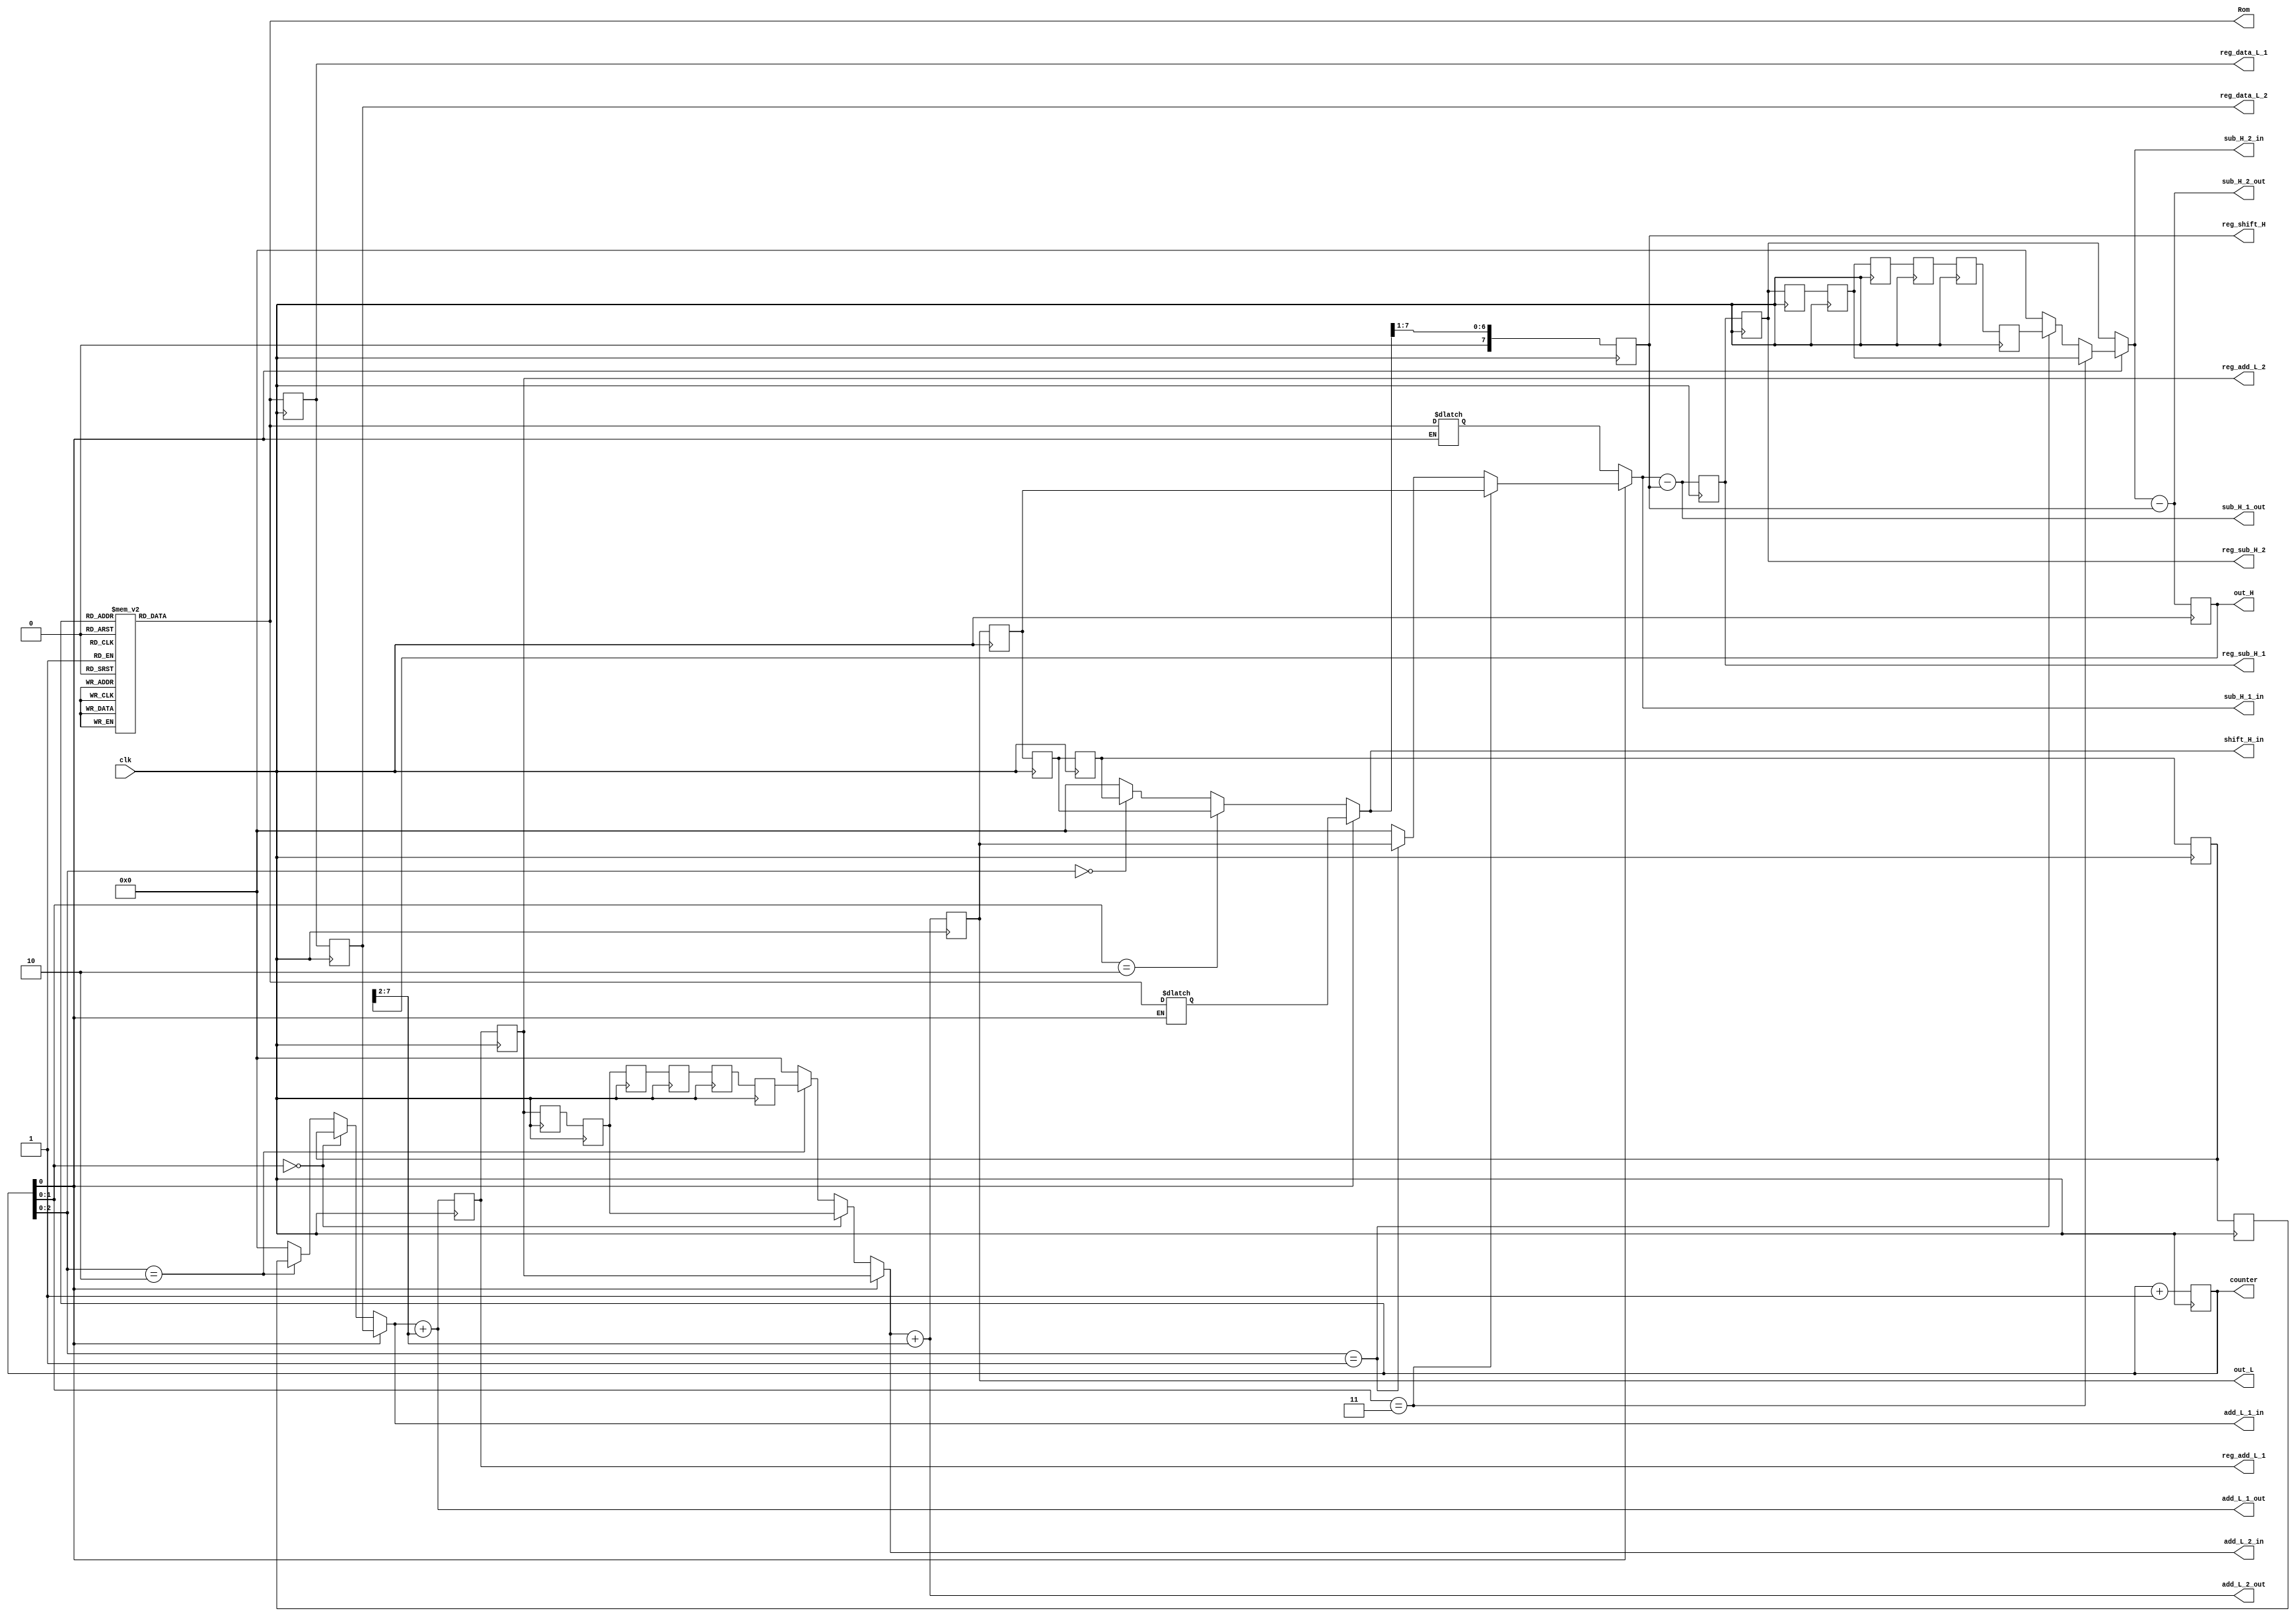
module test(
	clk,
	Rom,
	counter,
	shift_H_in,
	reg_shift_H,
	sub_H_1_in,
	sub_H_1_out,
	reg_sub_H_1,
	sub_H_2_in,
	reg_sub_H_2,
	sub_H_2_out,
	out_H,
	reg_data_L_1,
	reg_data_L_2,
	add_L_1_in,
	add_L_1_out,
	reg_add_L_1,
	reg_add_L_2,
	add_L_2_in,
	add_L_2_out,
	out_L
		);
	input clk;
	output [7:0]Rom;
	output [5:0]counter;
	output [7:0]shift_H_in;
	output [7:0]reg_shift_H;
	output [7:0]sub_H_1_in;
	output [7:0]sub_H_1_out;
	output [7:0]reg_sub_H_1;
	output [7:0]sub_H_2_in;
	output [7:0]reg_sub_H_2;
	output [7:0]sub_H_2_out;
	output [7:0]out_H;
	output [7:0]reg_data_L_1;
	output [7:0]reg_data_L_2;
	output [7:0]add_L_1_in;
	output [7:0]add_L_1_out;
	output [7:0]reg_add_L_1;
	output [7:0]reg_add_L_2;
	output [7:0]add_L_2_in;
	output [7:0]add_L_2_out;
	output [7:0]out_L;
	//
	reg  [7:0]Rom;
	reg  [5:0]counter;
	reg  [7:0]even,odd;

	wire [7:0]shift_H_out,sub_H_1_out,sub_H_2_out;
	wire [7:0]shift_H_in ,sub_H_1_in ,sub_H_2_in ;
	wire [7:0]out_H;
	reg  [7:0]reg_sub_H_1,reg_sub_H_2;
	reg  [7:0]reg_shift_H,reg_out_H;
	
	wire [7:0]shift_L_out,add_L_1_out,add_L_2_out;
	wire [7:0]shift_L_in ,add_L_1_in ,add_L_2_in ;
	wire [7:0]out_L;
	reg  [7:0]reg_add_L_1,reg_add_L_2;
	reg  [7:0]reg_shift_L,reg_out_L;
	reg  [7:0]reg_data_L_1,reg_data_L_2,reg_data_L_3;
	
	
	reg  [7:0]sharp_reg1_1,sharp_reg1_2,sharp_reg1_3,sharp_reg1_4,sharp_reg1_5,sharp_reg1_6;
	reg  [7:0]sharp_reg2_1,sharp_reg2_2,sharp_reg2_3,sharp_reg2_4,sharp_reg2_5,sharp_reg2_6;
	reg  [7:0]sharp_reg3_1,sharp_reg3_2,sharp_reg3_3,sharp_reg3_4,sharp_reg3_5;
	//
	assign shift_H_out=shift_H_in>>1;
	assign sub_H_1_out=sub_H_1_in-reg_shift_H;
	assign sub_H_2_out=sub_H_2_in-reg_shift_H;
	//assign shift_L_out=shift_L_in>>2;
	assign add_L_1_out=add_L_1_in+shift_L_out;
	assign add_L_2_out=add_L_2_in+shift_L_out;
	//data
	always@(*)begin
		case(counter)
			7'd1:Rom=8'd145;
			7'd2:Rom=8'd56;
			7'd3:Rom=8'd49;
			7'd4:Rom=8'd89;
			7'd5:Rom=8'd137;
			7'd6:Rom=8'd90;
			7'd7:Rom=8'd62;
			7'd8:Rom=8'd33;
			7'd9:Rom=8'd71;
			7'd10:Rom=8'd77;
			7'd11:Rom=8'd92;
			7'd12:Rom=8'd145;
			7'd13:Rom=8'd153;
			7'd14:Rom=8'd108;
			7'd15:Rom=8'd74;
			7'd16:Rom=8'd146;
			7'd17:Rom=8'd183;
			7'd18:Rom=8'd120;
			7'd19:Rom=8'd80;
			7'd20:Rom=8'd93;
			7'd21:Rom=8'd73;
			7'd22:Rom=8'd90;
			7'd23:Rom=8'd102;
			7'd24:Rom=8'd66;
			7'd25:Rom=8'd72;
			7'd26:Rom=8'd121;
			7'd27:Rom=8'd121;
			7'd28:Rom=8'd71;
			7'd29:Rom=8'd57;
			7'd30:Rom=8'd146;
			7'd31:Rom=8'd173;
			7'd32:Rom=8'd66;
			7'd33:Rom=8'd69;
			7'd34:Rom=8'd137;
			7'd35:Rom=8'd139;
			7'd36:Rom=8'd88;
			7'd37:Rom=8'd77;
			7'd38:Rom=8'd60;
			7'd39:Rom=8'd170;
			7'd40:Rom=8'd88;
			7'd41:Rom=8'd36;
			7'd42:Rom=8'd70;
			7'd43:Rom=8'd160;
			7'd44:Rom=8'd157;
			7'd45:Rom=8'd61;
			7'd46:Rom=8'd110;
			7'd47:Rom=8'd93;
			7'd48:Rom=8'd125;
			7'd49:Rom=8'd143;
			7'd50:Rom=8'd106;
			7'd51:Rom=8'd76;
			7'd52:Rom=8'd116;
			7'd53:Rom=8'd115;
			7'd54:Rom=8'd112;
			7'd55:Rom=8'd163;
			7'd56:Rom=8'd182;
			7'd57:Rom=8'd148;
			7'd58:Rom=8'd98;
			7'd59:Rom=8'd168;
			7'd60:Rom=8'd156;
			7'd61:Rom=8'd86;
			7'd62:Rom=8'd164;
			7'd63:Rom=8'd193;
			default:Rom=8'd0;
		endcase
	end
	//counter 
	always@(posedge clk)begin
		counter<=counter+6'b1;
	end
	
	assign sub_H_1_in=(counter[0]==1'b0)?even:(counter[1:0]==2'b11)?sharp_reg3_1:(counter[2:0]==3'b001)?out_L:8'b0;
	assign shift_H_in=(counter[0]==1'b1)?odd :(counter[1:0]==2'b10)?sharp_reg3_2:(counter[2:0]==3'b000)?sharp_reg3_3:8'b0;
	assign sub_H_2_in=(counter[0]==1'b0)?reg_sub_H_2:(counter[1:0]==2'b11)?sharp_reg1_2:(counter[2:0]==3'b001)?sharp_reg1_6:8'b0;
	assign add_L_1_in=(counter[0]==1'b1)?reg_data_L_2:(counter[1:0]==2'b00)?sharp_reg3_4:(counter[2:0]==3'b010)?sharp_reg3_5:8'b0;
	assign add_L_2_in=(counter[0]==1'b1)?reg_add_L_2:(counter[1:0]==2'b00)?sharp_reg2_2:(counter[2:0]==3'b010)?sharp_reg2_6:8'b0;
	assign shift_L_out=reg_out_H>>2;
	assign out_H=reg_out_H;
	assign out_L=reg_out_L;
	/*
	always@(posedge clk)begin
		if(counter[0]==1'b0&&clk==1'b1)even<=Rom;
		if(counter[0]==1'b1&&clk==1'b1)odd<=Rom;
		
	end*/
		always@(counter)begin
		if(counter[0]==1'b0)even<=Rom;
		if(counter[0]==1'b1)odd<=Rom;
		
	end
	
	always@(posedge clk)begin
		reg_shift_H<=shift_H_out;
		reg_sub_H_1<=sub_H_1_out;
		reg_sub_H_2<=reg_sub_H_1;
		reg_out_H<=sub_H_2_out;
		reg_data_L_1<=Rom;
		reg_data_L_2<=reg_data_L_1;
		reg_data_L_3<=reg_data_L_2;
		reg_shift_L<=shift_L_out;
		reg_add_L_1<=add_L_1_out;
		reg_add_L_2<=reg_add_L_1;
		reg_out_L<=add_L_2_out;
	end

	always@(posedge clk)begin
		sharp_reg1_1<=reg_sub_H_2;
		sharp_reg1_2<=sharp_reg1_1;
		sharp_reg1_3<=sharp_reg1_2;
		sharp_reg1_4<=sharp_reg1_3;
		sharp_reg1_5<=sharp_reg1_4;
		sharp_reg1_6<=sharp_reg1_5;
		
		sharp_reg2_1<=reg_add_L_2;
		sharp_reg2_2<=sharp_reg2_1;
		sharp_reg2_3<=sharp_reg2_2;
		sharp_reg2_4<=sharp_reg2_3;
		sharp_reg2_5<=sharp_reg2_4;
		sharp_reg2_6<=sharp_reg2_5;
		
		sharp_reg3_1<=reg_out_L;
		sharp_reg3_2<=sharp_reg3_1;
		sharp_reg3_3<=sharp_reg3_2;
		sharp_reg3_4<=sharp_reg3_3;
		sharp_reg3_5<=sharp_reg3_4;
	end

endmodule